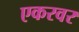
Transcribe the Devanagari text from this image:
एकरवर